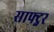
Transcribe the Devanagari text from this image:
साफ्ट्नर